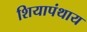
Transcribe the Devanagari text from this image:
शियापंथाय